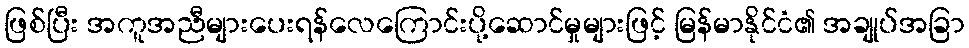
ဖြစ်ပြီး အကူအညီများပေးရန်လေကြောင်းပို့ဆောင်မှုများဖြင့် မြန်မာနိုင်ငံ၏ အချုပ်အခြာ